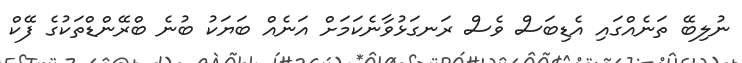
ނުލިބޭ ތަނެއްގައި އެޑިބަސް ވެސް ރަނގަޅުވާނެކަމަށް އަނެއް ބަޔަކު ބުނެ ބްރޭންޑްތަކުގެ ފޭކް